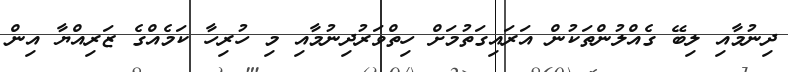
ދިނުމާއި ލިބޭ ގެއްލުންތަކުން އަރައިގަތުމަށް ހިތްވަރުދިނުމާއި މި ހުރިހާ ކަމެއްގެ ޒަރިއްޔާ އިން